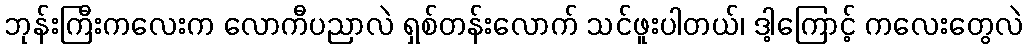
ဘုန်းကြီးကလေးက လောကီပညာလဲ ရှစ်တန်းလောက် သင်ဖူးပါတယ်၊ ဒါ့ကြောင့် ကလေးတွေလဲ